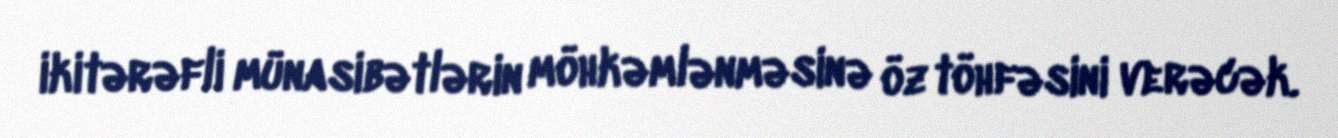
ikitərəfli münasibətlərin möhkəmlənməsinə öz töhfəsini verəcək.